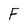
Character: F